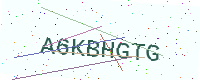
Text: A6KBHGTG